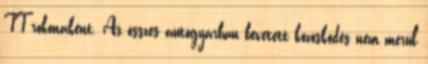
TT rokonaként. Az összes autógyárban bevetett közösködés nem merül